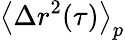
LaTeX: \left\langle\Delta r^{2}(\tau)\right\rangle_{p}